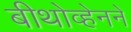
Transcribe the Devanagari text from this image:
बीथोव्हेनने